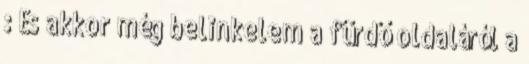
: És akkor még belinkelem a fürdő oldaláról a